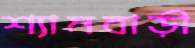
শ্যামবাড়ী